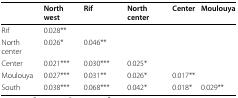
<table><thead><tr><td></td><td><b>North west</b></td><td><b>Rif</b></td><td><b>North center</b></td><td><b>Center</b></td><td><b>Moulouya</b></td></tr></thead><tbody><tr><td>Rif</td><td>0.028**</td><td></td><td></td><td></td><td></td></tr><tr><td>North center</td><td>0.026*</td><td>0.046**</td><td></td><td></td><td></td></tr><tr><td>Center</td><td>0.021***</td><td>0.030***</td><td>0.025*</td><td></td><td></td></tr><tr><td>Moulouya</td><td>0.027***</td><td>0.031**</td><td>0.026*</td><td>0.017**</td><td></td></tr><tr><td>South</td><td>0.038***</td><td>0.068***</td><td>0.042*</td><td>0.018*</td><td>0.029**</td></tr></tbody></table>